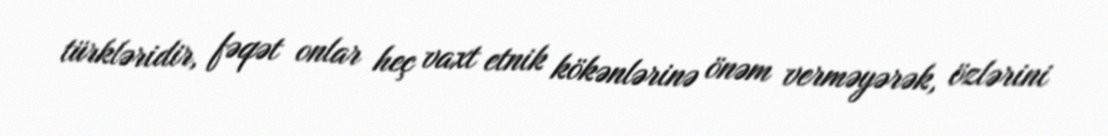
türkləridir, fəqət onlar heç vaxt etnik kökənlərinə önəm verməyərək, özlərini